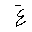
Letter: _gayn